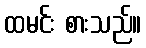
ထမင်း စားသည်။